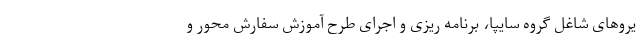
یروهای شاغل گروه سایپا، برنامه ریزی و اجرای طرح آموزش سفارش محور و